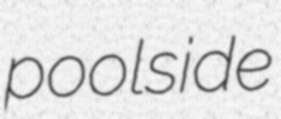
poolside